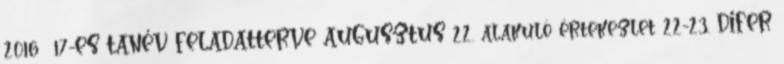
2016 17-ES TANÉV FELADATTERVE AUGUSZTUS 22. alakuló értekezlet 22-23. DIFER